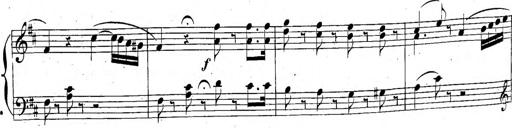
Title: 6 Sonatinen, Op.95
Composer: Ferdinand Hiller
Key: Various